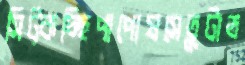
সিট্‌কচ্ছিপাপোষসেতুটাত